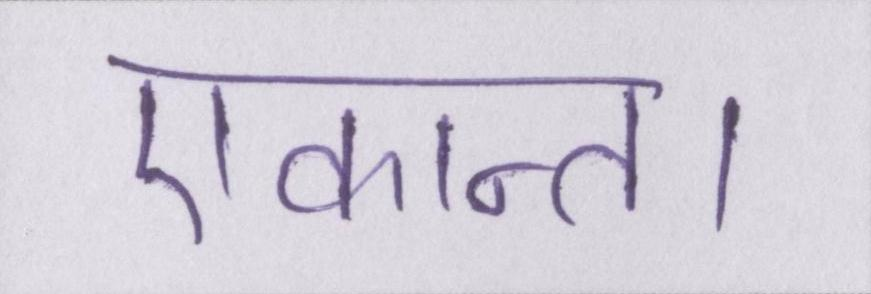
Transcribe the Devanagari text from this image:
एकान्त।